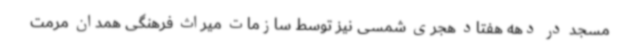
مسجد در دهه هفتاد هجری شمسی نیز توسط سازمات میراث فرهنگی همدان مرمت